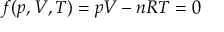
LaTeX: f ( p , V , T ) = p V - n R T = 0